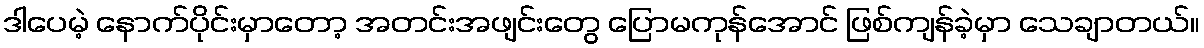
ဒါပေမဲ့ နောက်ပိုင်းမှာတော့ အတင်းအဖျင်းတွေ ပြောမကုန်အောင် ဖြစ်ကျန်ခဲ့မှာ သေချာတယ်။